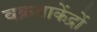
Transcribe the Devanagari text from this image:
वक्रताकेंद्रों